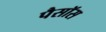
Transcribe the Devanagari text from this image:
पैसॉस